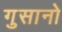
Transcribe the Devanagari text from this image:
गुसानो